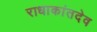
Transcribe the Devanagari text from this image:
राधाकांतदेव